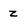
Character: z